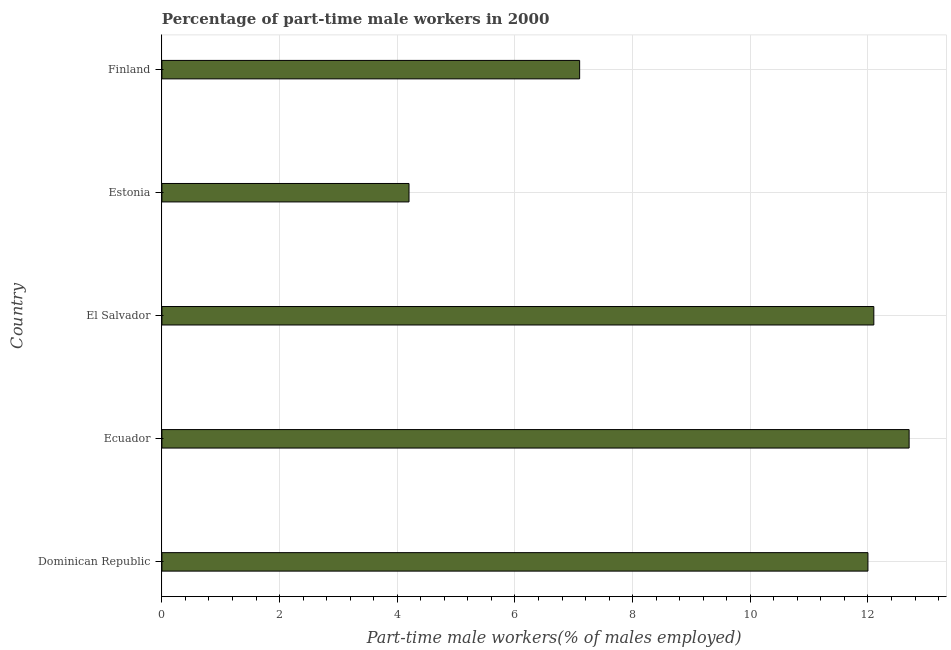
| Country | Part time employment |
 | --- | --- |
 | Dominican Republic | 12 |
 | Ecuador | 12.7 |
 | El Salvador | 12.1 |
 | Estonia | 4.2 |
 | Finland | 7.1 |